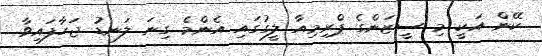
ކޭން އަކީ މި ސީޒަންގެ ޕްރިމިއާ ލީގުގައި އެންމެ ގިނަ ލަނޑު ޖަހާފައިވާ